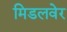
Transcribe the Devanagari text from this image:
मिडलवेर